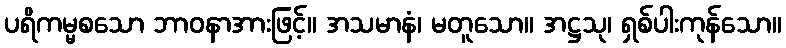
ပရိကမ္မစသော ဘာဝနာအားဖြင့်။ အသမာနံ၊ မတူသော။ အဋ္ဌသု၊ ရှစ်ပါးကုန်သော။